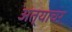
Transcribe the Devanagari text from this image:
अत्याचर